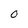
Character: 0